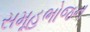
સમૂહભોજન